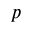
\boldsymbol { p }